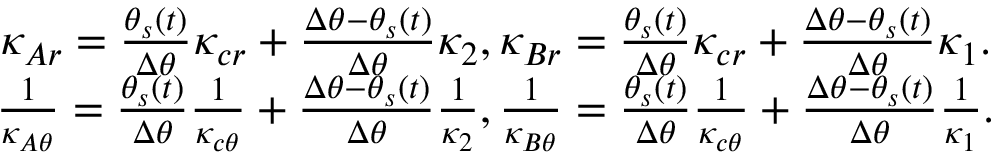
\begin{array} { c } { \kappa _ { A r } = \frac { \theta _ { s } ( t ) } { \Delta \theta } \kappa _ { c r } + \frac { \Delta \theta - \theta _ { s } ( t ) } { \Delta \theta } \kappa _ { 2 } , \kappa _ { B r } = \frac { \theta _ { s } ( t ) } { \Delta \theta } \kappa _ { c r } + \frac { \Delta \theta - \theta _ { s } ( t ) } { \Delta \theta } \kappa _ { 1 } . } \\ { \frac { 1 } { \kappa _ { A \theta } } = \frac { \theta _ { s } ( t ) } { \Delta \theta } \frac { 1 } { \kappa _ { c \theta } } + \frac { \Delta \theta - \theta _ { s } ( t ) } { \Delta \theta } \frac { 1 } { \kappa _ { 2 } } , \frac { 1 } { \kappa _ { B \theta } } = \frac { \theta _ { s } ( t ) } { \Delta \theta } \frac { 1 } { \kappa _ { c \theta } } + \frac { \Delta \theta - \theta _ { s } ( t ) } { \Delta \theta } \frac { 1 } { \kappa _ { 1 } } . } \end{array}